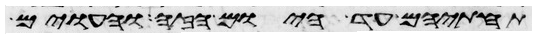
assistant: תחתיהם עד היום הזה והעוים